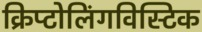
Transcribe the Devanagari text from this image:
क्रिप्टोलिंगविस्टिक